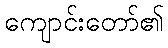
ကျောင်းတော်၏